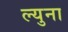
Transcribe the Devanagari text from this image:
ल्युना